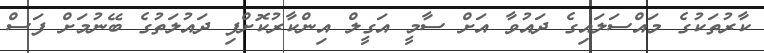
ކާރުތަަކުގެ މައްސަލައިގެ ދައުވާ އަށް ސާމީ އަގީލް އިންކާރުކޮށްފި ދައުލަތުގެ ބޭނުމަށް ފަސް